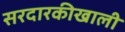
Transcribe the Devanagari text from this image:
सरदारकीखाली